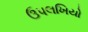
ઉપલખિયો